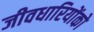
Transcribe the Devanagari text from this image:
जीवधारियोंको